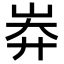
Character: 𡷓